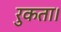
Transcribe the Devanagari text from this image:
रुकता।